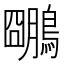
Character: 𪆌